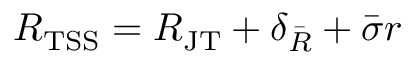
R _ { \mathrm { T S S } } = R _ { \mathrm { J T } } + \delta _ { \Bar { R } } + \Bar { \sigma } r